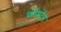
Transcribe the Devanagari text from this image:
कोंसटेंस